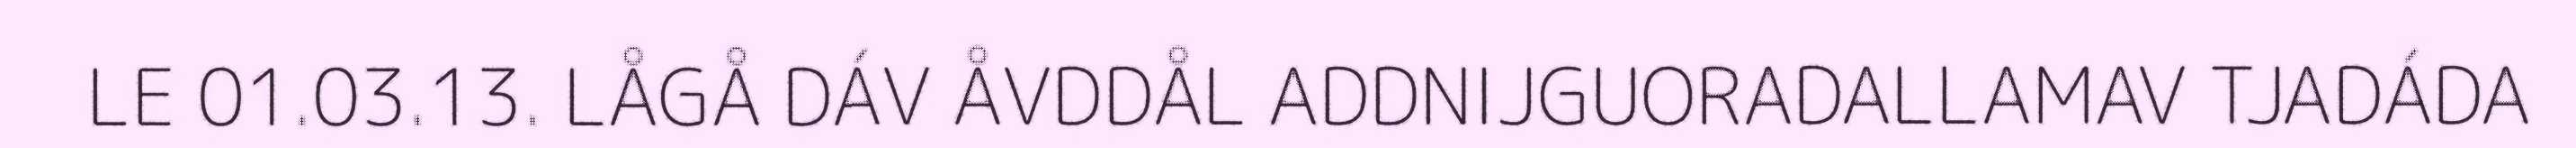
LE 01.03.13. LÅGÅ DÁV ÅVDDÅL ADDNIJGUORADALLAMAV TJADÁDA